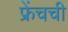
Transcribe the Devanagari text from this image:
फ्रेंचची